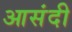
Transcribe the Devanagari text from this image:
आसंदी